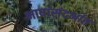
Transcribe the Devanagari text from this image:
भाषांसंदर्भात